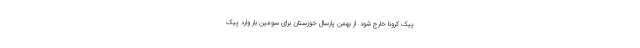
پیک کرونا خارج شود. از بهمن پارسال خوزستان برای سومین بار وارد پیک